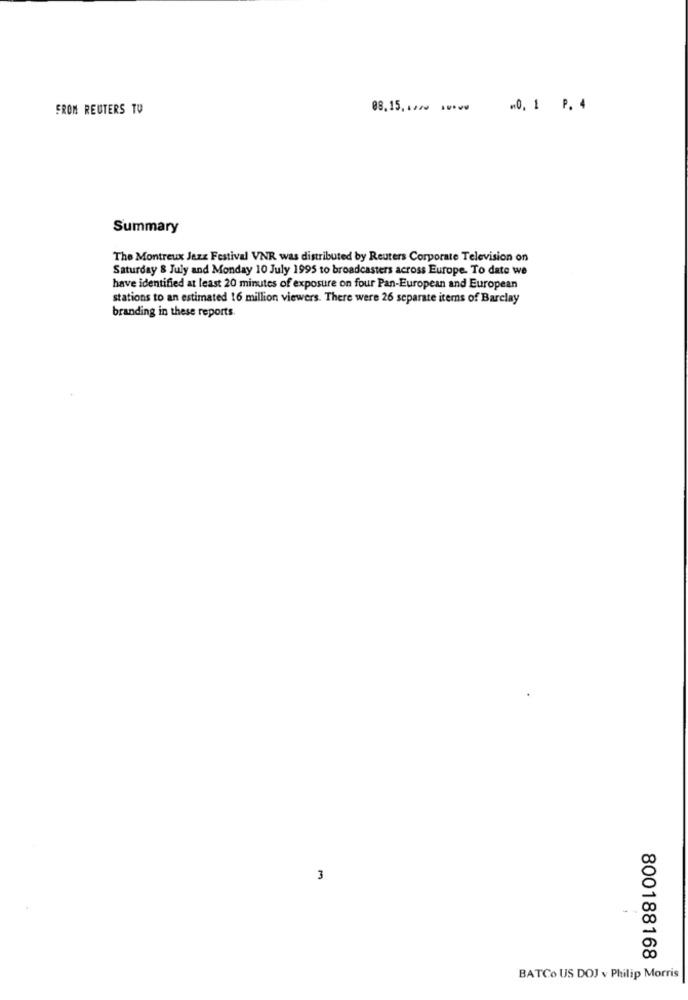
FROM REUTERS TU
08.15,1 ** *** w
m0, 1 P. 4
Summary
The Montreux Jazz Festival VNR was distributed by Reuters Corporate Television on
Saturday & July and Monday 10 July 1995 to broadcasters across Europe. To date we
have identified at least 20 minutes of exposure on four Pan-European and European
stations to an estimated 16 million viewers. There were 26 separate items of Barclay
branding in these reports.
3
800188168
BATCo US DOJ v Philip Morris